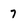
Character: 7